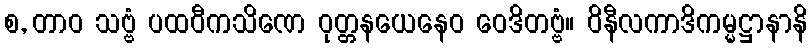
စ, တာဝ သဗ္ဗံ ပထဝီကသိဏေ ဝုတ္တနယေနေဝ ဝေဒိတဗ္ဗံ။ ဝိနီလကာဒိကမ္မဋ္ဌာနာနိ